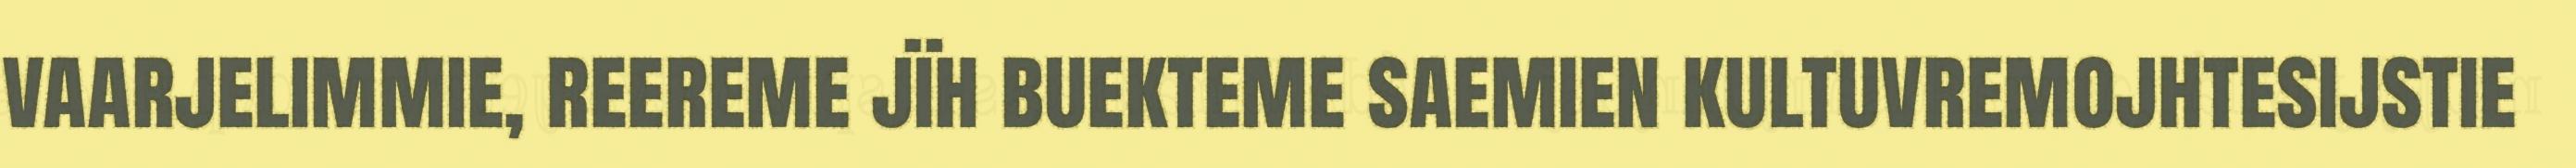
vaarjelimmie, reereme jïh buekteme saemien kultuvremojhtesijstie